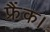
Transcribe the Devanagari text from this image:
फ्रैंक।